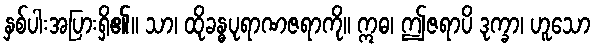
နှစ်ပါးအပြားရှိ၏။ သာ၊ ထိုခန္ဓပုရာဏဇရာကို။ ဣဓ၊ ဤဇရာပိ ဒုက္ခာ၊ ဟူသော